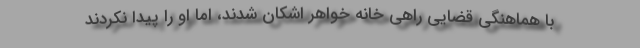
با هماهنگی قضایی راهی خانه خواهر اشکان شدند، اما او را پیدا نکردند